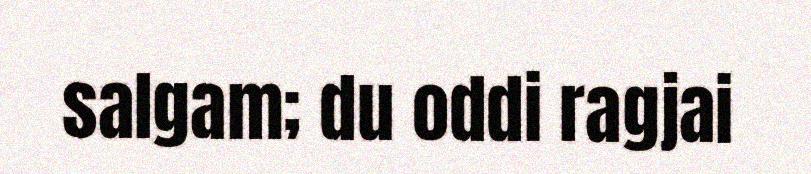
salgam; du oddi ragjai